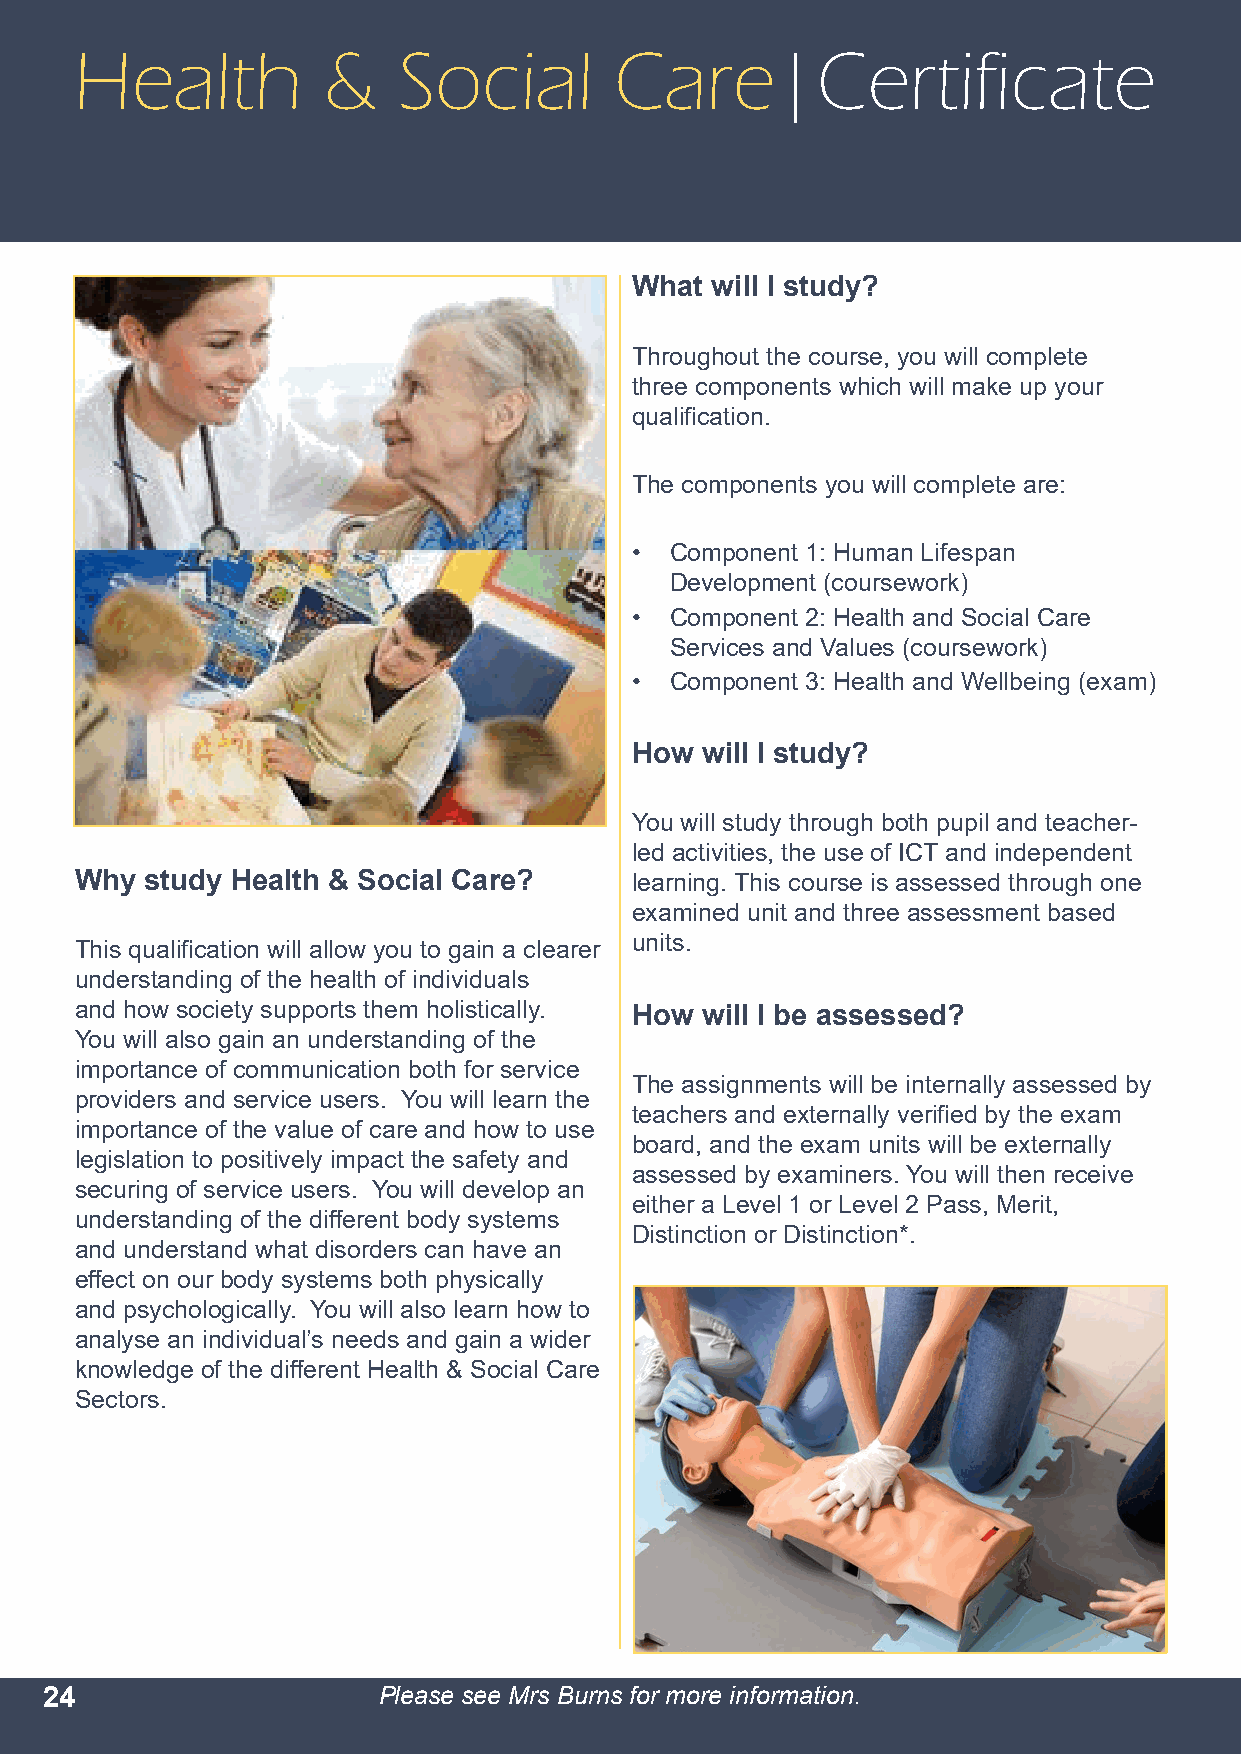
Health          &    Social         Care|Certificate
 What will I study?
 Throughout the course, you will complete
 three components which will make up your
 qualification.
 The components you will complete are:
 • Component 1: Human Lifespan
 Development (coursework)
 • Component 2: Health and Social Care
 Services and Values (coursework)
 • Component 3: Health and Wellbeing (exam)
 How will I study?
 You will study through both pupil and teacher-
 led activities, the use of ICT and independent
 Why  study Health & Social Care?     learning. This course is assessed through one
 examined unit and three assessment based
 units.
 This qualification will allow you to gain a clearer
 understanding of the health of individuals
 and how society supports them holistically. How will I be assessed?
 You will also gain an understanding of the
 importance of communication both for service
 The assignments will be internally assessed by
 providers and service users. You will learn the
 teachers and externally verified by the exam
 importance of the value of care and how to use
 board, and the exam units will be externally
 legislation to positively impact the safety and
 assessed by examiners. You will then receive
 securing of service users. You will develop an
 either a Level 1 or Level 2 Pass, Merit,
 understanding of the different body systems
 Distinction or Distinction*.
 and understand what disorders can have an
 effect on our body systems both physically
 and psychologically. You will also learn how to
 analyse an individual’s needs and gain a wider
 knowledge of the different Health & Social Care
 Sectors.
 24                    Please see Mrs Burns for more information.